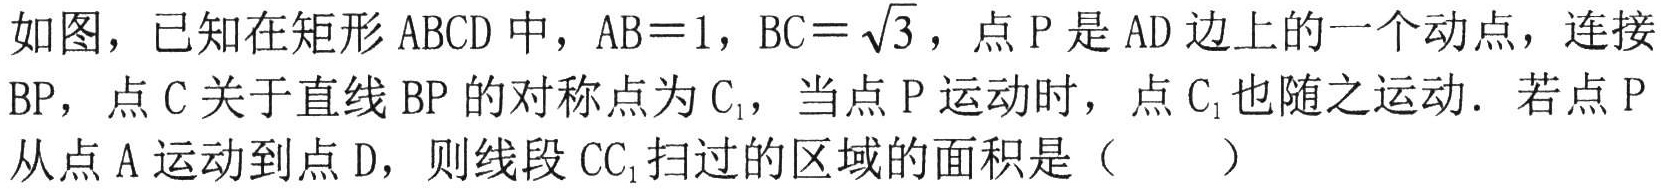
如图，已知在矩形\(ABCD\)中，\(AB = 1\)，\(BC = \sqrt{3}\)，点\(P\)是\(AD\)边上的一个动点，连接\(BP\)，点\(C\)关于直线\(BP\)的对称点为\(C_{1}\)，当点\(P\)运动时，点\(C_{1}\)也随之运动. 若点\(P\)从点\(A\)运动到点\(D\)，则线段\(CC_{1}\)扫过的区域的面积是（  ）